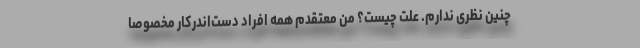
چنین نظری ندارم. علت چیست؟ من معتقدم همه افراد دست‌اندرکار مخصوصا